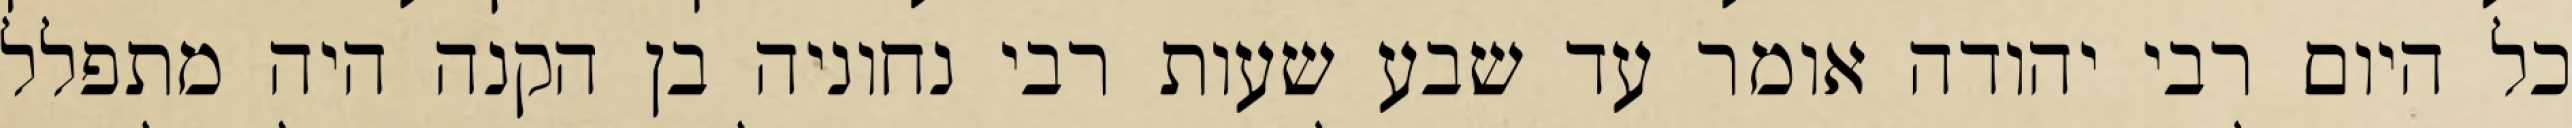
כל היום רבי יהודה אומר עד שבע שעות רבי נחוניה בן הקנה היה מתפלל